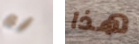
لم هذا